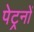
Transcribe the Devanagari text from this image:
पेट्रनों